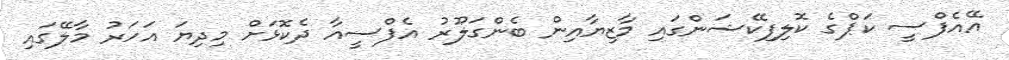
އޭއެފްސީ ކަޕްގެ ކޮލިފިކޭޝަންގައި މާޒިޔާއިން ބެންގަލޫރު އެފްސީއާ ދެކޮޅަށް މިދިޔަ އަހަރު މާލޭގައި